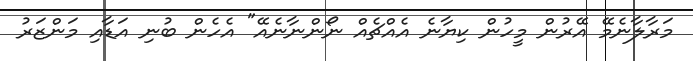
މަރާލާނެމޭ އޭރުން މީހުން ކިޔާނެ އެއްޗެއް ނޯންނާނެއޭ" އެހެން ބުނި އަޑާއި މަންޒަރު